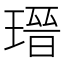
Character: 瑨